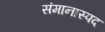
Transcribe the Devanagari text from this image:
संमानास्पद